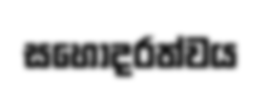
සහෝදරත්වය